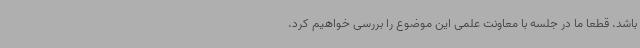
باشد. قطعا ما در جلسه با معاونت علمی این موضوع را بررسی خواهیم کرد.